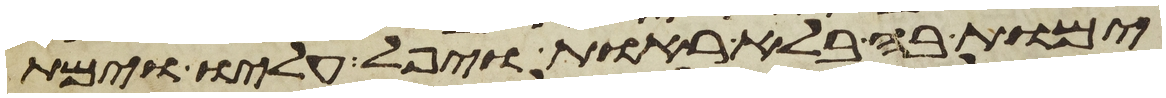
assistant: ימות בה בלא ראות ויפל עליו וימת